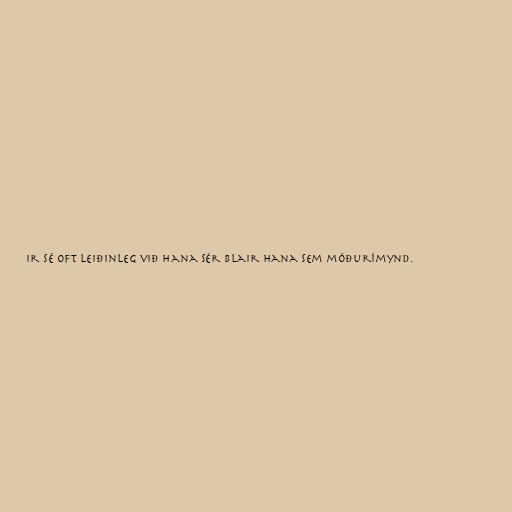
ir sé oft leiðinleg við hana sér Blair hana sem móðurímynd.